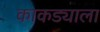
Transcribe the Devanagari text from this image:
काकड्याला